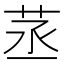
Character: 䒱